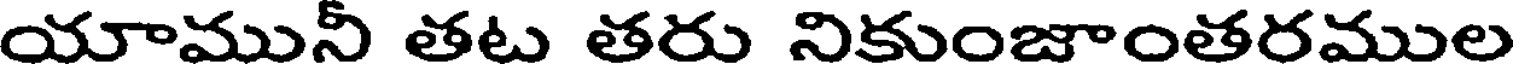
యామునీ తట తరు నికుంజాంతరముల